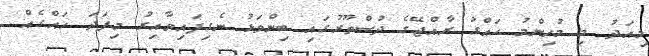
މިއަދު މި މުހިންމު ހައްގު ރާއްޖޭގެ ދުސްތޫރުގައި ބިންވަޅު ނެގިފައިވާއިރު މިފަދަ ހައްގެއް